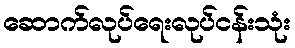
ဆောက်လုပ်ရေးလုပ်ငန်းသုံး